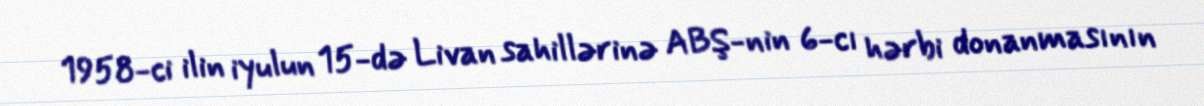
1958-ci ilin iyulun 15-də Livan sahillərinə ABŞ-nin 6-cı hərbi donanmasının